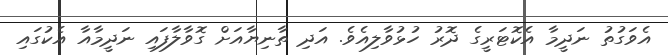
އެވަގުތު ނަދީމާ އެކޮޓަރީގެ ދޮރު ހުޅުވާލިއެވެ. އަދި ތާނިޔާއަށް ގޮވާލާފައި ނަދީމާއާ އެކުގައި